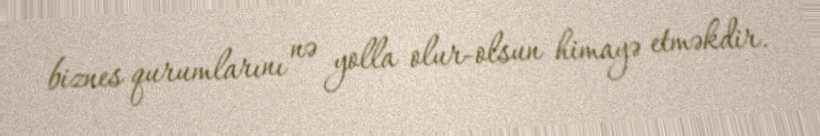
biznes qurumlarını nə yolla olur-olsun himayə etməkdir.